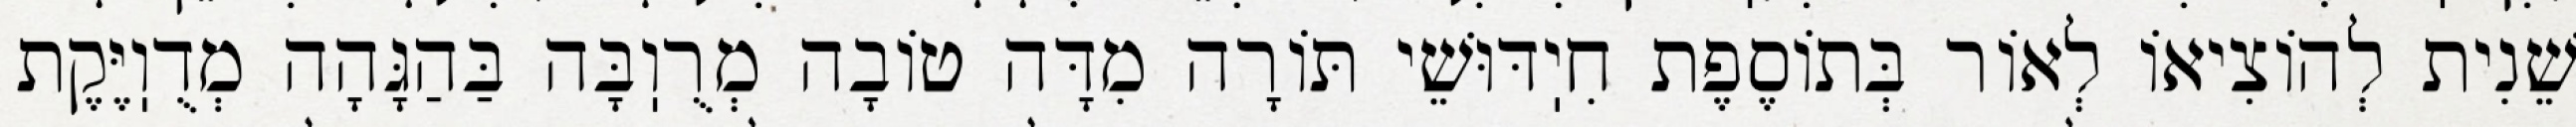
שֵׁנִית לְהוֹצִיאוֹ לְאוֹר בְּתוֹסֶפֶת חִיֽדּוּשֵׁי תּוֹרָה מִדָּה טוֹבָה מְרֻוֽבָּה בַּהַגָּהָה מְדֻוֽיֶּקֶת